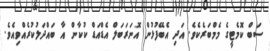
ސަބް ކޮމެޓީގެ މެމްބަރެކެވެ. އަދި އެބޭފުޅުން އޮނަރަބަލް އެޑްއަޑް ކުކާން އާ ބައްދަލުކުރެއްވިއެވެ.